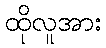
ထိုလူအား